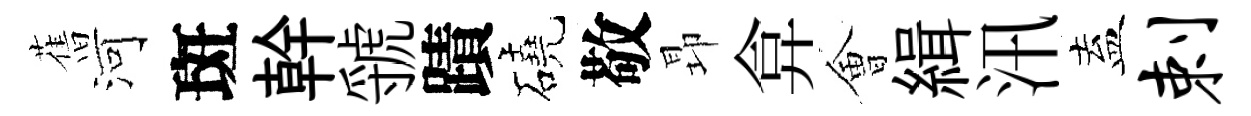
𦾔河斑幹虢蹟磽敬昻弇㑹緝汛盍剌